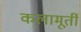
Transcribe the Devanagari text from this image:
कलामूर्ती